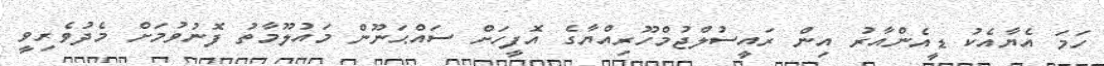
ހަމަ އެޔާއެކު ޑީއެންއާރު އިން ރައީސުލްޖުމްހޫރިއްޔާގެ އޮފީހަށް ސައްޙަނޫން މައުލޫމާތު ފޮނުވުމަށް މެދުވެރިވީ